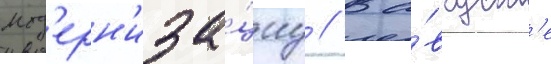
мод'ерн'иза́циу // В а́вгуст'е